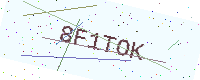
Text: 8F1TOK